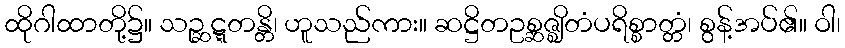
ထိုဂါထာတို့၌။ သဉ္ဆဋ္ဋတန္တိ၊ ဟူသည်ကား။ ဆဋ္ဌိတဥစ္ဆဇ္ဈိတံပရိစ္စာတ္တံ၊ စွန့်အပ်၏။ ဝါ၊